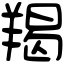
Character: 羯